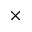
\times